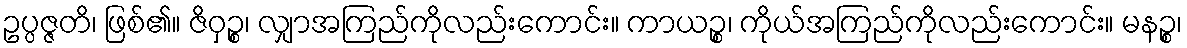
ဥပ္ပဇ္ဇတိ၊ ဖြစ်၏။ ဇိဝှဉ္စ၊ လျှာအကြည်ကိုလည်းကောင်း။ ကာယဉ္စ၊ ကိုယ်အကြည်ကိုလည်းကောင်း။ မနဉ္စ၊